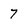
Character: 7